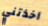
أخذتني